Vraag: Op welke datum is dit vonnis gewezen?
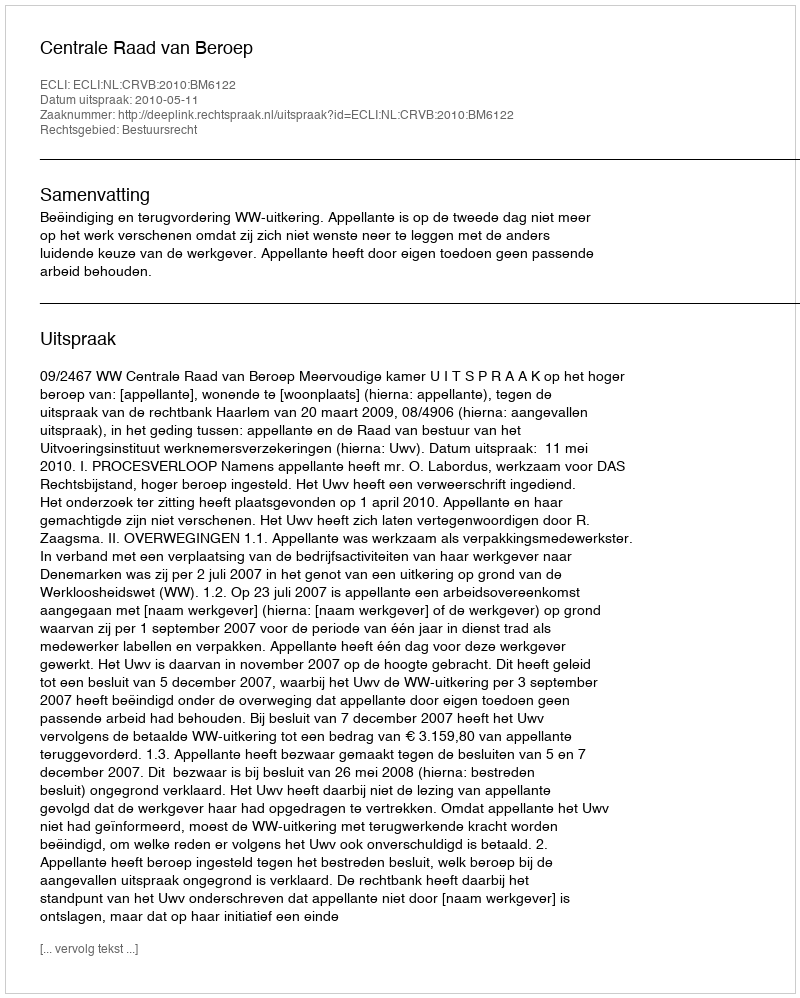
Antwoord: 2010-05-11